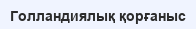
Голландиялық қорғаныс